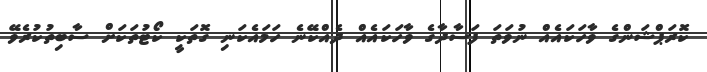
ކޮރަޕްޝަންގެ ވާހަކައެއް ނުވަތަ ފަސާދާގެ ވާހަކައެއް ދެއްކޭނެ ހަމައެކަނި ގޮތަކީ ކޯޓުތަކަށް ސާބިތުކުރެވޭ